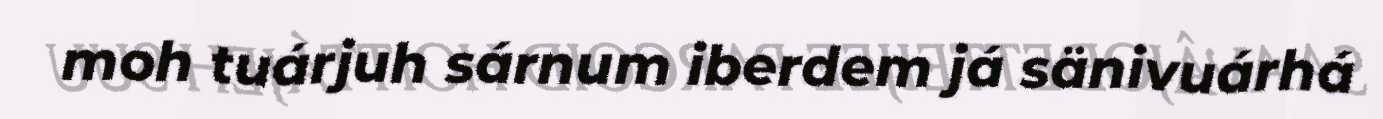
moh tuárjuh sárnum iberdem já sänivuárhá